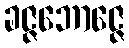
ခဇ္ဇဘောဇ္ဇေ